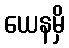
ယေနမှိ